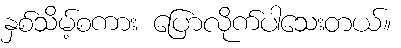
နှစ်သိမ့်စကား ပြောလိုက်ပါသေးတယ်။